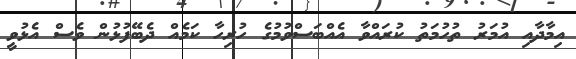
އިމާދާއި އުމަރު ތުހުމަތު ކުރައްވާ އެއްބަސްވުމުގެ ހުރިހާ ކަމެއް ދެބޭފުޅުން ވެސް އެޅުވީ